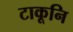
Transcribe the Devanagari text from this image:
टाकूनि